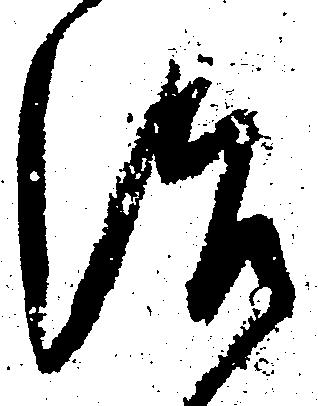
治